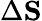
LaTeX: \Delta\mathbf{S}